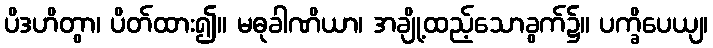
ပိဒဟိတွာ၊ ပိတ်ထား၍။ မဓုခါဏိယာ၊ အချို့ထည့်သောခွက်၌။ ပက္ခိပေယျ၊